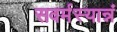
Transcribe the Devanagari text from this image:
सवर्मस्यान्नं